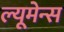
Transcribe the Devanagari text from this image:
ल्यूमेन्स